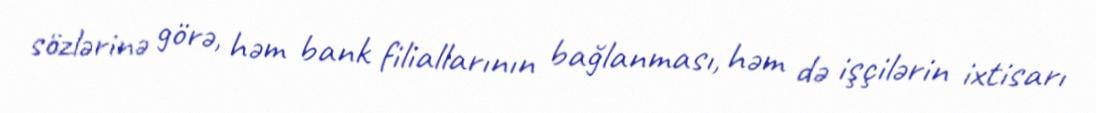
sözlərinə görə, həm bank filiallarının bağlanması, həm də işçilərin ixtisarı